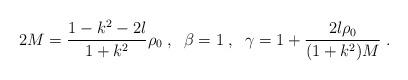
LaTeX: \begin{align*}2 M = \frac{1 - k^2 - 2 l}{1 + k^2} \rho_0 \; , \; \;\beta = 1 \; , \; \;\gamma = 1 + \frac{2 l \rho_0}{(1 + k^2) M} \; .\end{align*}